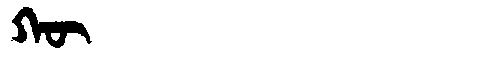
Manchu: ᡴᡡ
Romanization: KŪ